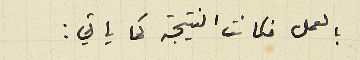
بالعمل فكانت النتيجة كما ياتي: